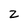
Character: 2